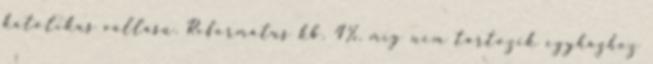
katolikus vallású. Református kb. 4%, míg nem tartozik egyházhoz